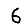
Digit: 6